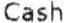
CASH